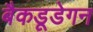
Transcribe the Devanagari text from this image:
बैकडूडेगन